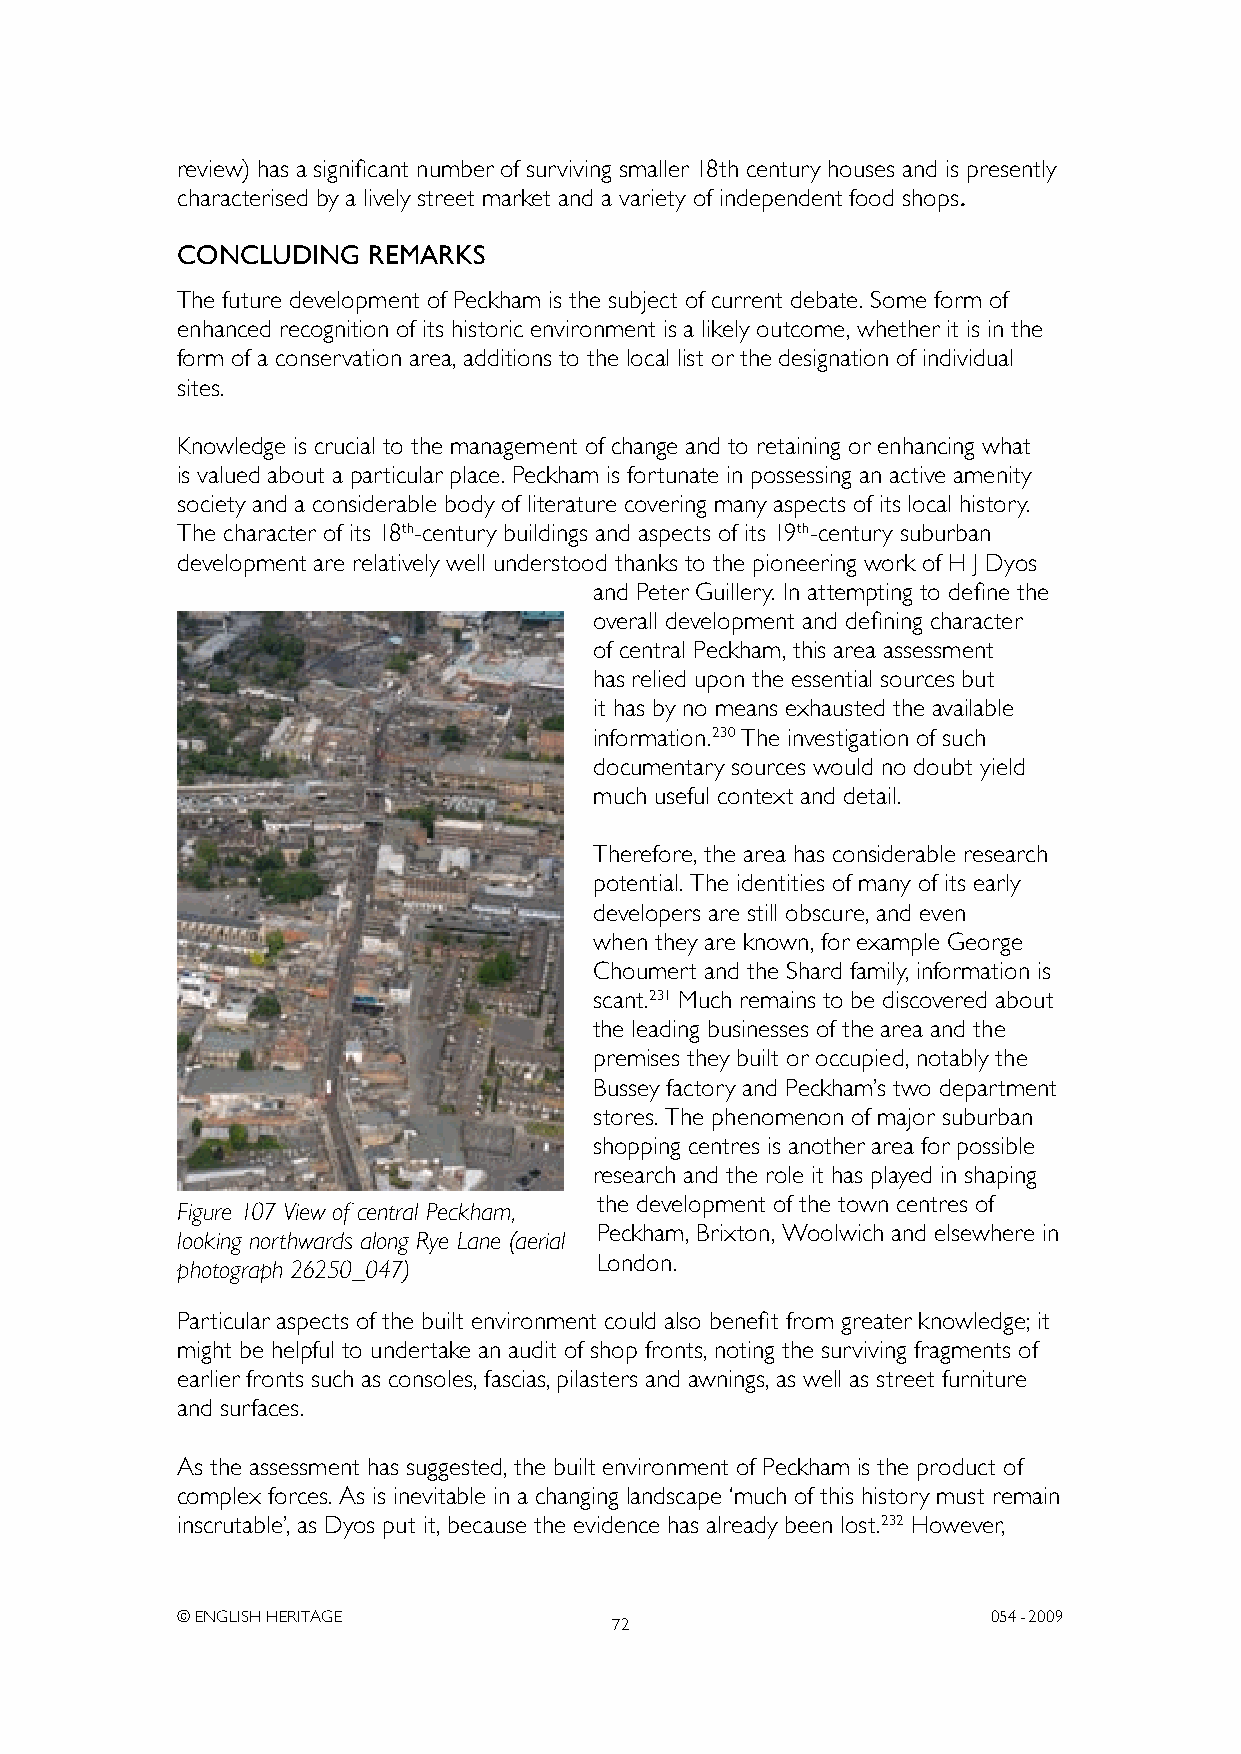
review) has a significant number of surviving smaller 18th century houses and is presently
 characterised by a lively street market and a variety of independent food shops.
 CONCLUDING  REMARKS
 The future development of Peckham is the subject of current debate. Some form of
 enhanced recognition of its historic environment is a likely outcome, whether it is in the
 form of a conservation area, additions to the local list or the designation of individual
 sites.
 Knowledge is crucial to the management of change and to retaining or enhancing what
 is valued about a particular place. Peckham is fortunate in possessing an active amenity
 society and a considerable body of literature covering many aspects of its local history.
 The character of its 18th-century buildings and aspects of its 19th-century suburban
 development are relatively well understood thanks to the pioneering work of H J Dyos
 and Peter Guillery. In attempting to define the
 overall development and defining character
 of central Peckham, this area assessment
 has relied upon the essential sources but
 it has by no means exhausted the available
 information.230 The investigation of such
 documentary sources would no doubt yield
 much useful context and detail.
 Therefore, the area has considerable research
 potential. The identities of many of its early
 developers are still obscure, and even
 when they are known, for example George
 Choumert and the Shard family, information is
 scant.231 Much remains to be discovered about
 the leading businesses of the area and the
 premises they built or occupied, notably the
 Bussey factory and Peckham’s two department
 stores. The phenomenon of major suburban
 shopping centres is another area for possible
 research and the role it has played in shaping
 the development of the town centres of
 Figure 107 View of central Peckham,
 Peckham, Brixton, Woolwich and elsewhere in
 looking northwards along Rye Lane (aerial
 London.
 photograph 26250_047)
 Particular aspects of the built environment could also benefit from greater knowledge; it
 might be helpful to undertake an audit of shop fronts, noting the surviving fragments of
 earlier fronts such as consoles, fascias, pilasters and awnings, as well as street furniture
 and surfaces.
 As the assessment has suggested, the built environment of Peckham is the product of
 complex forces. As is inevitable in a changing landscape ‘much of this history must remain
 inscrutable’, as Dyos put it, because the evidence has already been lost.232 However,
 © ENGLISH HERITAGE                                    054- 2009
 72